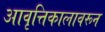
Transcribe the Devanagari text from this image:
आवृत्तिकालावरून